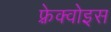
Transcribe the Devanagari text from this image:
फ़्रेक्वोइस